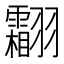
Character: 𱻦